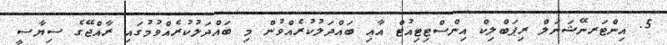
5. އިންޓަރނޭޝަނަލް ރިޕަބްލިކް އިންސްޓިޓިއުޓް އާއި ބައްދަލުކުރެއްވުން މި ބައްދަލުކުރެއްވުމުގައި ރާއްޖޭގެ ސިޔާސީ